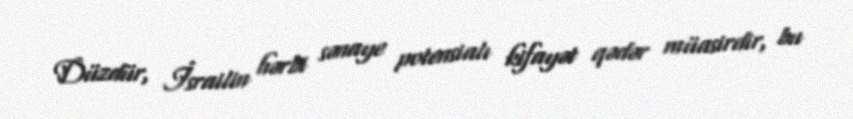
Düzdür, İsrailin hərbi sənaye potensialı kifayət qədər müasirdir, bu